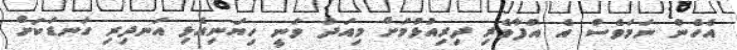
އެހެން ނަމަވެސް އެ އުފާވެރި ދިރިއުޅުމަށް މިއަދު ވަނީ ހިޔަނިއެޅި އަނދިރި ގަނޑަކަށް